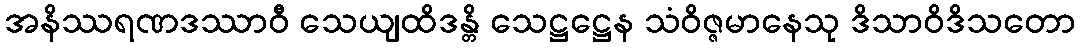
အနိဿရဏဒဿာဝီ သေယျထိဒန္တိ သေဋ္ဌဋ္ဌေန သံဝိဇ္ဇမာနေသု ဒိသာဝိဒိသတော